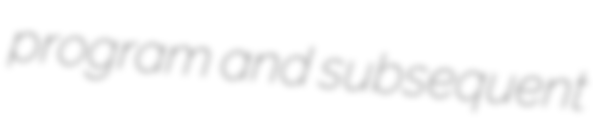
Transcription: program and subsequent